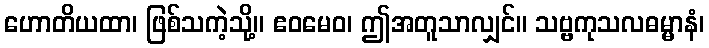
ဟောတိယထာ၊ ဖြစ်သကဲ့သို့။ ဧဝမေဝ၊ ဤအတူသာလျှင်။ သဗ္ဗကုသလဓမ္မာနံ၊